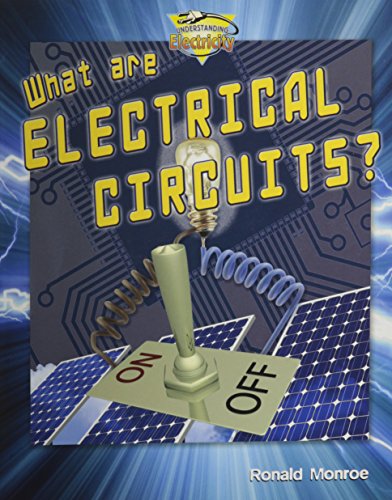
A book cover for What Are Electrical Circuits? (Understanding Electricity); Ronald Monroe; Children's Books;